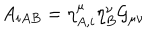
A _ { i A B } = \eta _ { A , i } ^ { \mu } \eta _ { B } ^ { \nu } { \cal G } _ { \mu \nu }